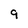
Character: 9